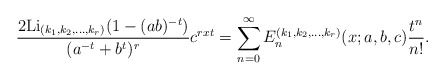
\begin{align*}\frac{2{\rm Li}_{(k_1, k_2,\ldots, k_r)}(1-(ab)^{-t})}{(a^{-t}+b^{t})^r}c^{rxt}=\sum_{n=0}^{\infty}{E}^{(k_1, k_2,\ldots, k_r)}_n(x;a,b,c)\frac{t^n}{n!}.\end{align*}